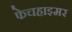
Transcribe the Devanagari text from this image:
फेचहाइमर